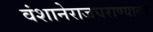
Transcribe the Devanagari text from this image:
वंशानेराजघराण्यावर